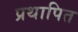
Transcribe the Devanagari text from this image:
प्रथापित